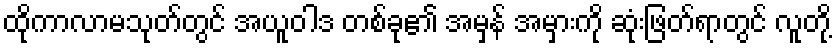
ထိုကာလာမသုတ်တွင် အယူဝါဒ တစ်ခု၏ အမှန် အမှားကို ဆုံးဖြတ်ရာတွင် လူတို့